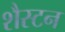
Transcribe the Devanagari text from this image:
शैस्टन